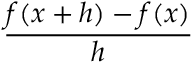
\frac { f ( x + h ) - f ( x ) } { h }